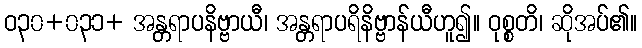
ဝ၃၀+၀၃၁+ အန္တရာပနိဗ္ဗာယီ၊ အန္တရာပရိနိဗ္ဗာန်ယီဟူ၍။ ဝုစ္စတိ၊ ဆိုအပ်၏။